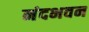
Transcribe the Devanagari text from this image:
नंदभवन